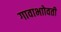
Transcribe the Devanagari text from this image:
गावाभाोवती